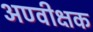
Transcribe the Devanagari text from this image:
अण्वीक्षक